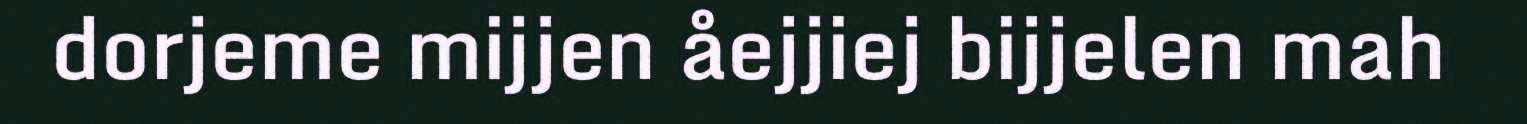
dorjeme mijjen åejjiej bijjelen mah